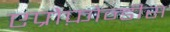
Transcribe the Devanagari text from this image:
एप्रोफ़ोन्डीस